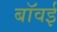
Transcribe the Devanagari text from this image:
बॉवई